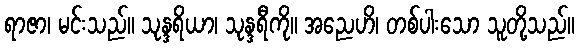
ရာဇာ၊ မင်းသည်။ သုန္ဒရိယာ၊ သုန္ဒရီကို။ အညေဟိ၊ တစ်ပါးသော သူတို့သည်။